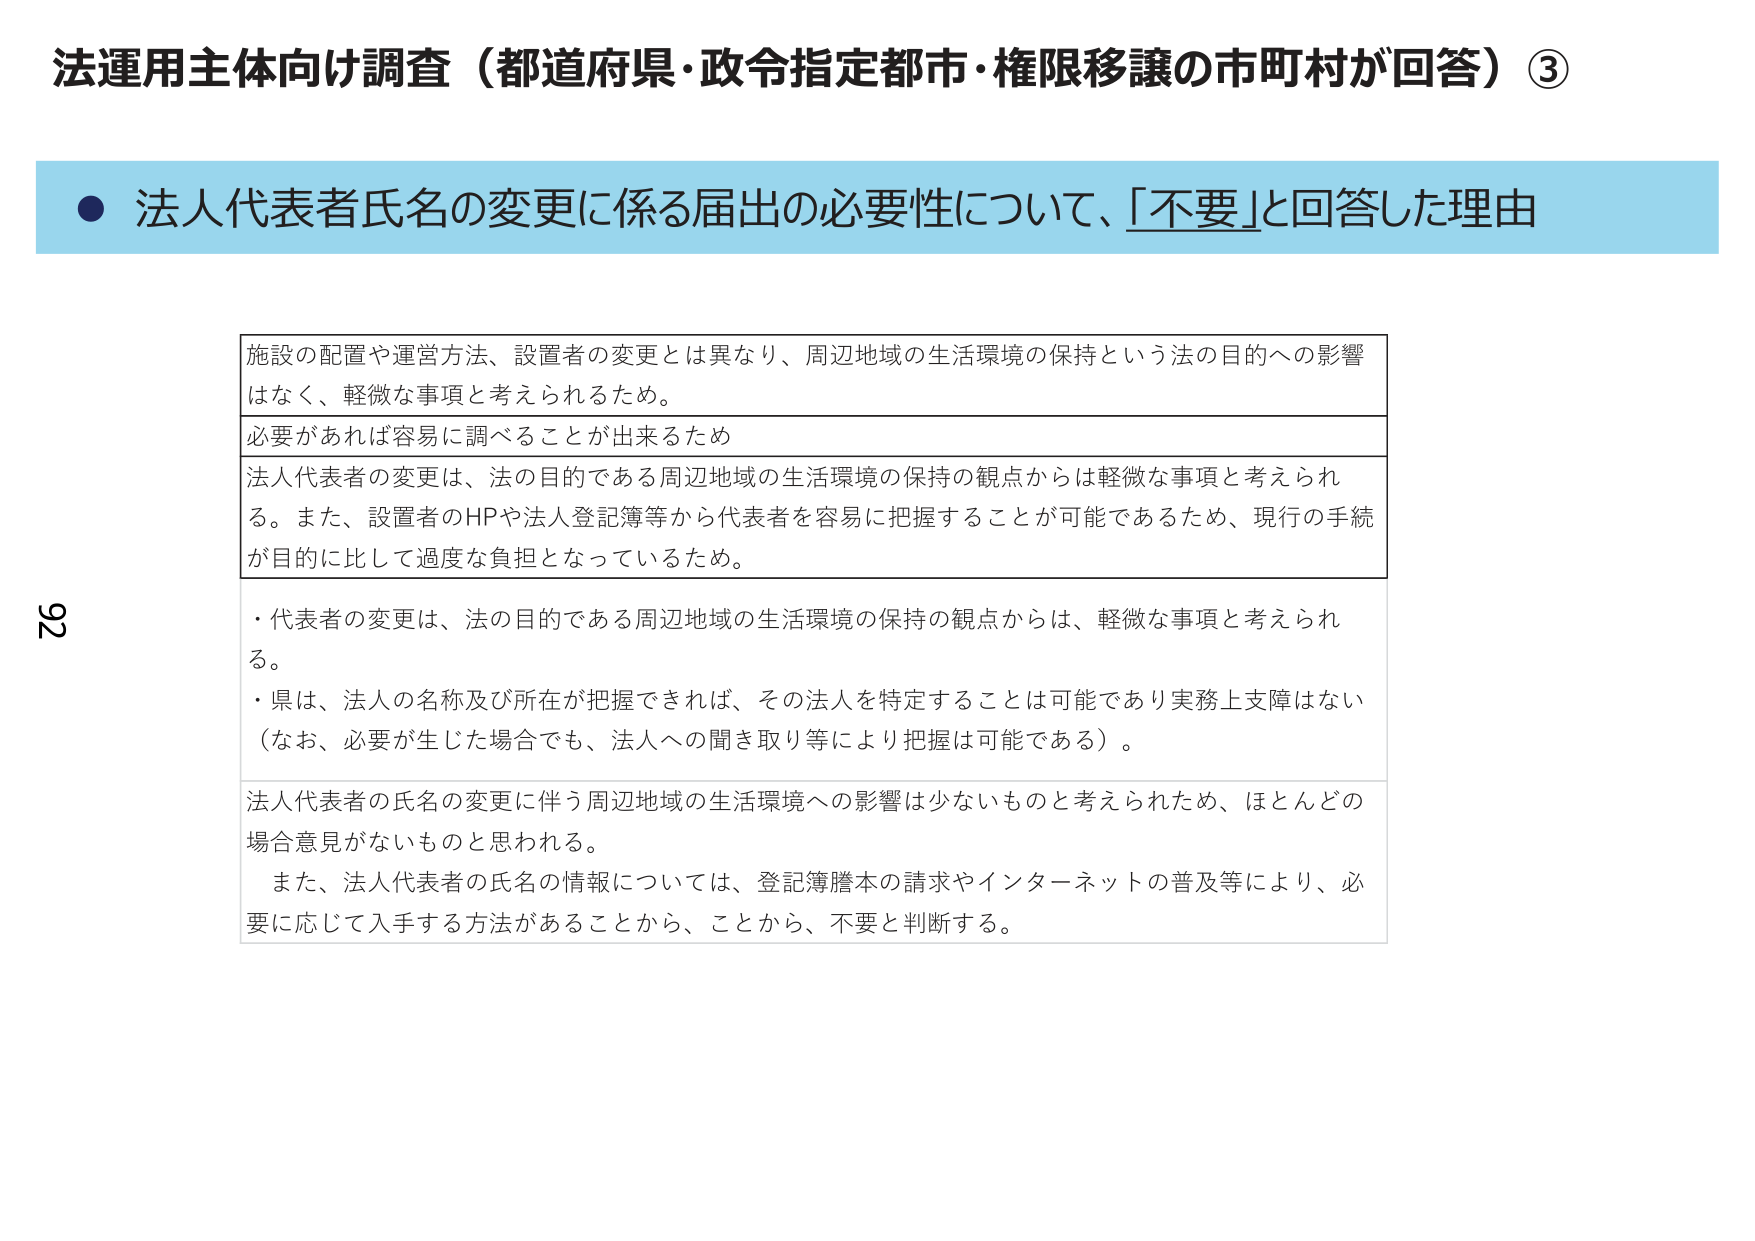
法運用主体向け調査（都道府県・政令指定都市・権限移譲の市町村が回答）③

● 法人代表者氏名の変更に係る届出の必要性について、「不要」と回答した理由

施設の配置や運営方法、設置者の変更とは異なり、周辺地域の生活環境の保持という法の目的への影響はなく、軽微な事項と考えられるため。

必要があれば容易に調べることが出来るため

法人代表者の変更は、法の目的である周辺地域の生活環境の保持の観点からは軽微な事項と考えられる。また、設置者のHPや法人登記簿等から代表者を容易に把握することが可能であるため、現行の手続が目的に比して過度な負担となっているため。

・代表者の変更は、法の目的である周辺地域の生活環境の保持の観点からは、軽微な事項と考えられる。

・県は、法人の名称及び所在が把握できれば、その法人を特定することは可能であり実務上支障はない（なお、必要が生じた場合でも、法人への聞き取り等により把握は可能である）。

法人代表者の氏名の変更に伴う周辺地域の生活環境への影響は少ないものと考えられたため、ほとんどの場合意見がないものと思われる。

また、法人代表者の氏名の情報については、登記簿謄本の請求やインターネットの普及等により、必要に応じて入手する方法があることから、ことから、不要と判断する。

92